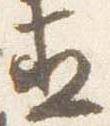
直